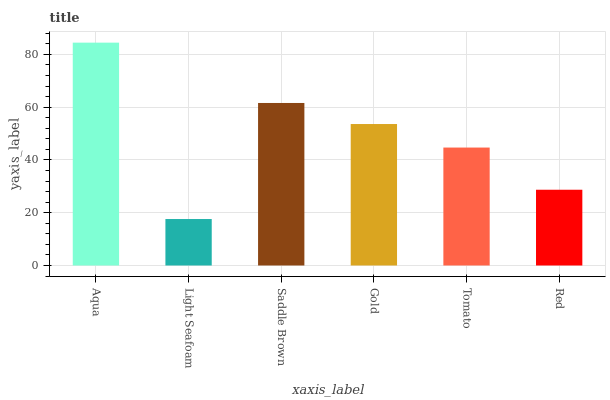
| xaxis_label | bars |
 | --- | --- |
 | Aqua | 84.4 |
 | Light Seafoam | 17.6 |
 | Saddle Brown | 61.6 |
 | Gold | 53.6 |
 | Tomato | 44.7 |
 | Red | 28.7 |